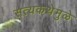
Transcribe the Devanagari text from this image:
सत्यकथेमुळे